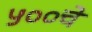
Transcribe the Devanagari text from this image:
५००चे